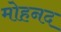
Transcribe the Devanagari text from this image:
मोहनद